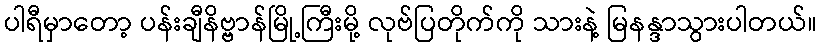
ပါရီမှာတော့ ပန်းချီနိဗ္ဗာန်မြို့ကြီးမို့ လုဗ်ပြတိုက်ကို သားနဲ့ မြနန္ဒာသွားပါတယ်။